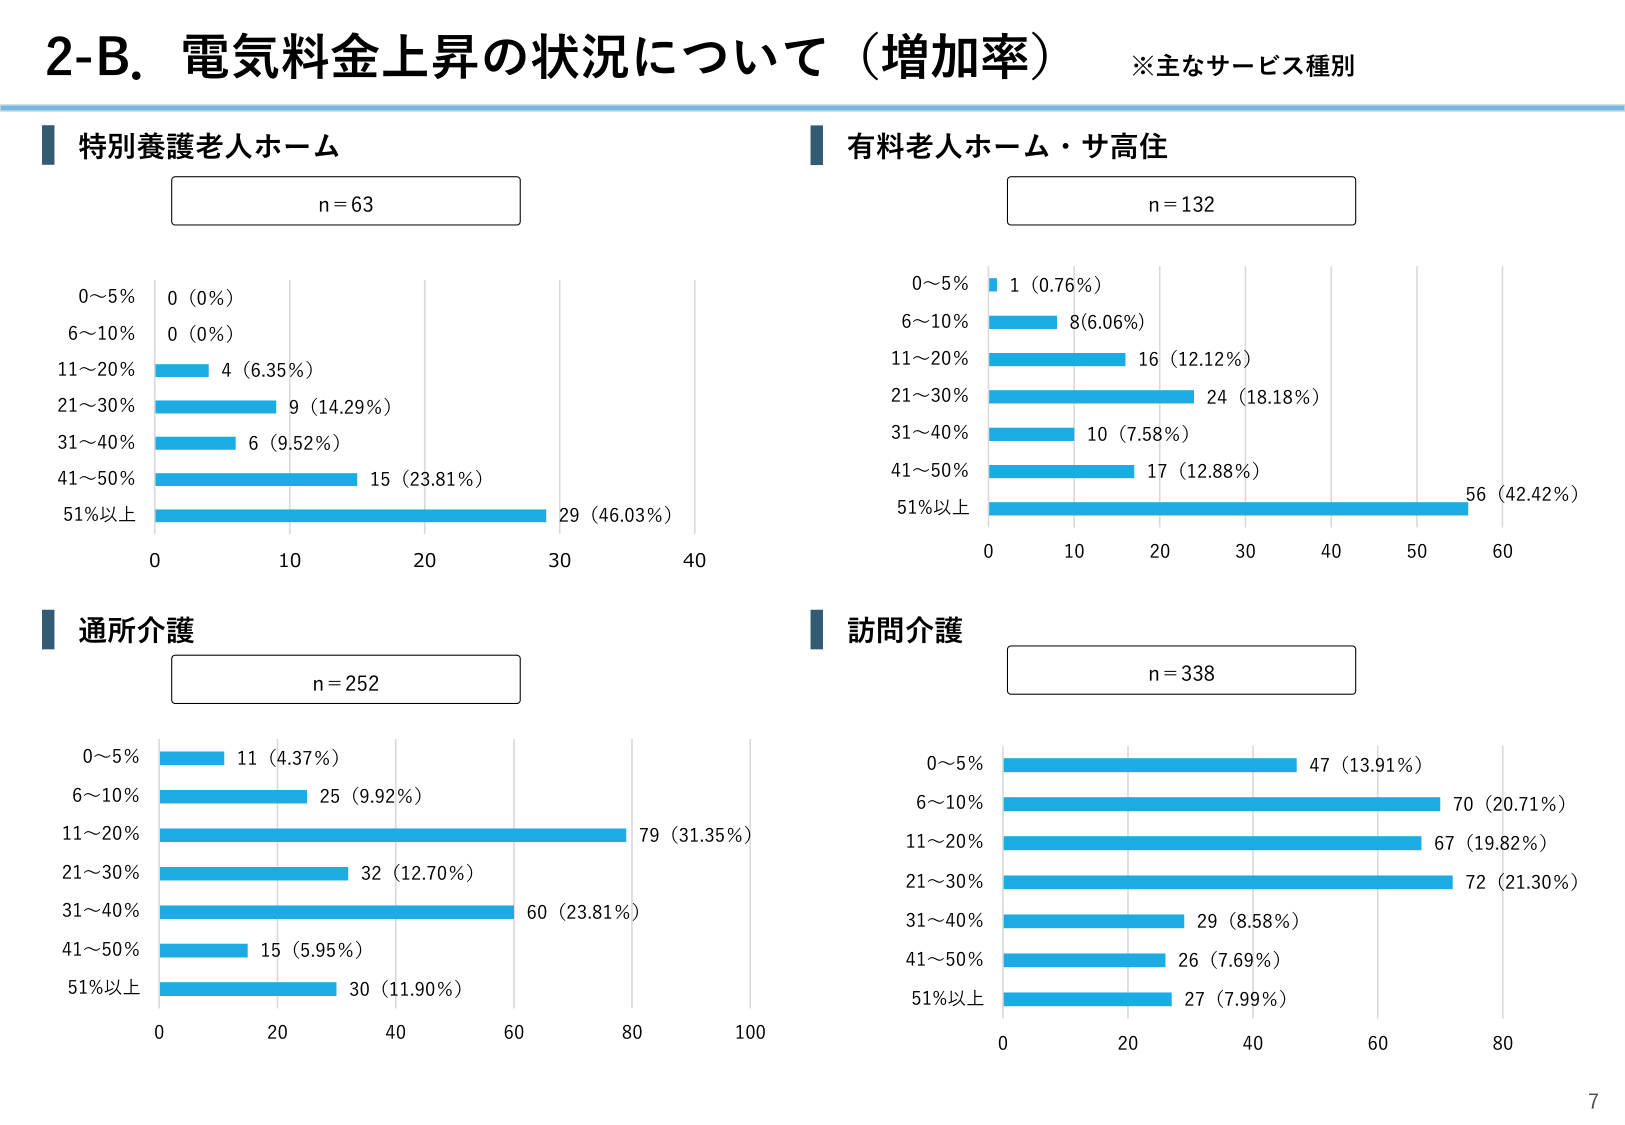
2-B. 電気料金上昇の状況について（増加率）
※主なサービス種別

特別養護老人ホーム
n = 63
0～5% 0 (0%)
6～10% 0 (0%)
11～20% 4 (6.35%)
21～30% 9 (14.29%)
31～40% 6 (9.52%)
41～50% 15 (23.81%)
51%以上 29 (46.03%)

有料老人ホーム・サ高住
n = 132
0～5% 1 (0.76%)
6～10% 8 (6.06%)
11～20% 16 (12.12%)
21～30% 24 (18.18%)
31～40% 10 (7.58%)
41～50% 17 (12.88%)
51%以上 56 (42.42%)

通所介護
n = 252
0～5% 11 (4.37%)
6～10% 25 (9.92%)
11～20% 79 (31.35%)
21～30% 32 (12.70%)
31～40% 60 (23.81%)
41～50% 15 (5.95%)
51%以上 30 (11.90%)

訪問介護
n = 338
0～5% 47 (13.91%)
6～10% 70 (20.71%)
11～20% 67 (19.82%)
21～30% 72 (21.30%)
31～40% 29 (8.58%)
41～50% 26 (7.69%)
51%以上 27 (7.99%)

7